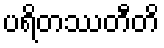
ပရိတဿတီတိ